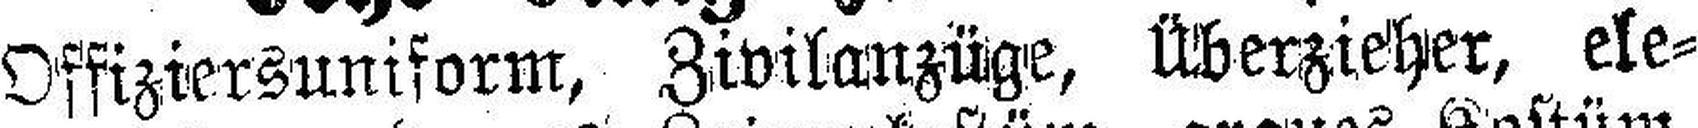
Offiziersuniform, Zivilanzüge, Überzieher, ele¬